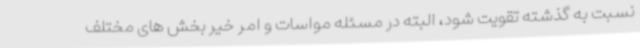
نسبت به گذشته تقویت شود، البته در مسئله مواسات و امر خیر بخش های مختلف